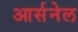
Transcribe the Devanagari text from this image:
आर्सनेल